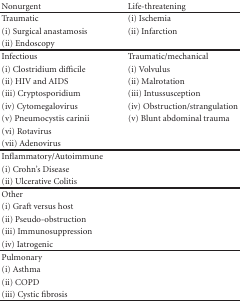
| Nonurgent | Life-threatening |
 | --- | --- |
 | Traumatic | (i) Ischemia |
 | (i) Surgical anastamosis | (ii) Infarction |
 | (ii) Endoscopy |  |
 | Infectious | Traumatic/mechanical |
 | (i) Clostridium difficile | (i) Volvulus |
 | (ii) HIV and AIDS | (ii) Malrotation |
 | (iii) Cryptosporidium | (iii) Intussusception |
 | (iv) Cytomegalovirus | (iv) Obstruction/strangulation |
 | (v) Pneumocystis carinii | (v) Blunt abdominal trauma |
 | (vi) Rotavirus |  |
 | (vii) Adenovirus |  |
 | Inflammatory/Autoimmune |  |
 | (i) Crohn's Disease |  |
 | (ii) Ulcerative Colitis |  |
 | Other |  |
 | (i) Graft versus host |  |
 | (ii) Pseudo-obstruction |  |
 | (iii) Immunosuppression |  |
 | (iv) Iatrogenic |  |
 | Pulmonary |  |
 | (i) Asthma |  |
 | (ii) COPD |  |
 | (iii) Cystic fibrosis |  |